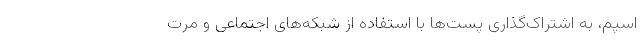
اسپم، به اشتراک‌گذاری پست‌ها با استفاده از شبکه‌های اجتماعی و مرت